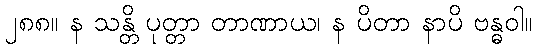
၂၈၈။ န သန္တိ ပုတ္တာ တာဏာယ၊ န ပိတာ နာပိ ဗန္ဓဝါ။